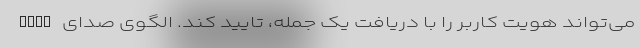
می‌تواند هویت کاربر را با دریافت یک جمله، تایید کند. الگوی صدای Bone